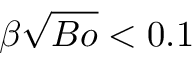
\beta \sqrt { B o } < 0 . 1